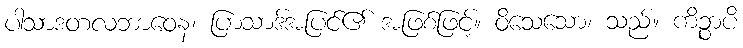
ပါသာဒတလဘာဝေန၊ ပြာသာဒ်အပြင်၏ အဖြစ်ဖြင့်။ ဝိသေသော၊ သည်။ ကိဉ္စာပိ